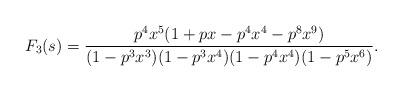
LaTeX: \begin{align*}F_3(s) = \frac{p^4x^5(1+px-p^4x^4 - p^8x^9)}{(1-p^3x^3)(1-p^3x^4)(1-p^4x^4)(1-p^5x^6)}. \end{align*}